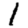
Digit: 1